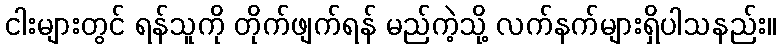
ငါးများတွင် ရန်သူကို တိုက်ဖျက်ရန် မည်ကဲ့သို့ လက်နက်များရှိပါသနည်း။